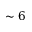
\sim 6